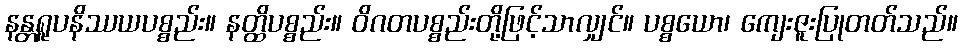
နန္တရူပနိဿယပစ္စည်း။ နတ္ထိပစ္စည်း။ ဝိဂတပစ္စည်းတို့ဖြင့်သာလျှင်။ ပစ္စယော၊ ကျေးဇူးပြုတတ်သည်။